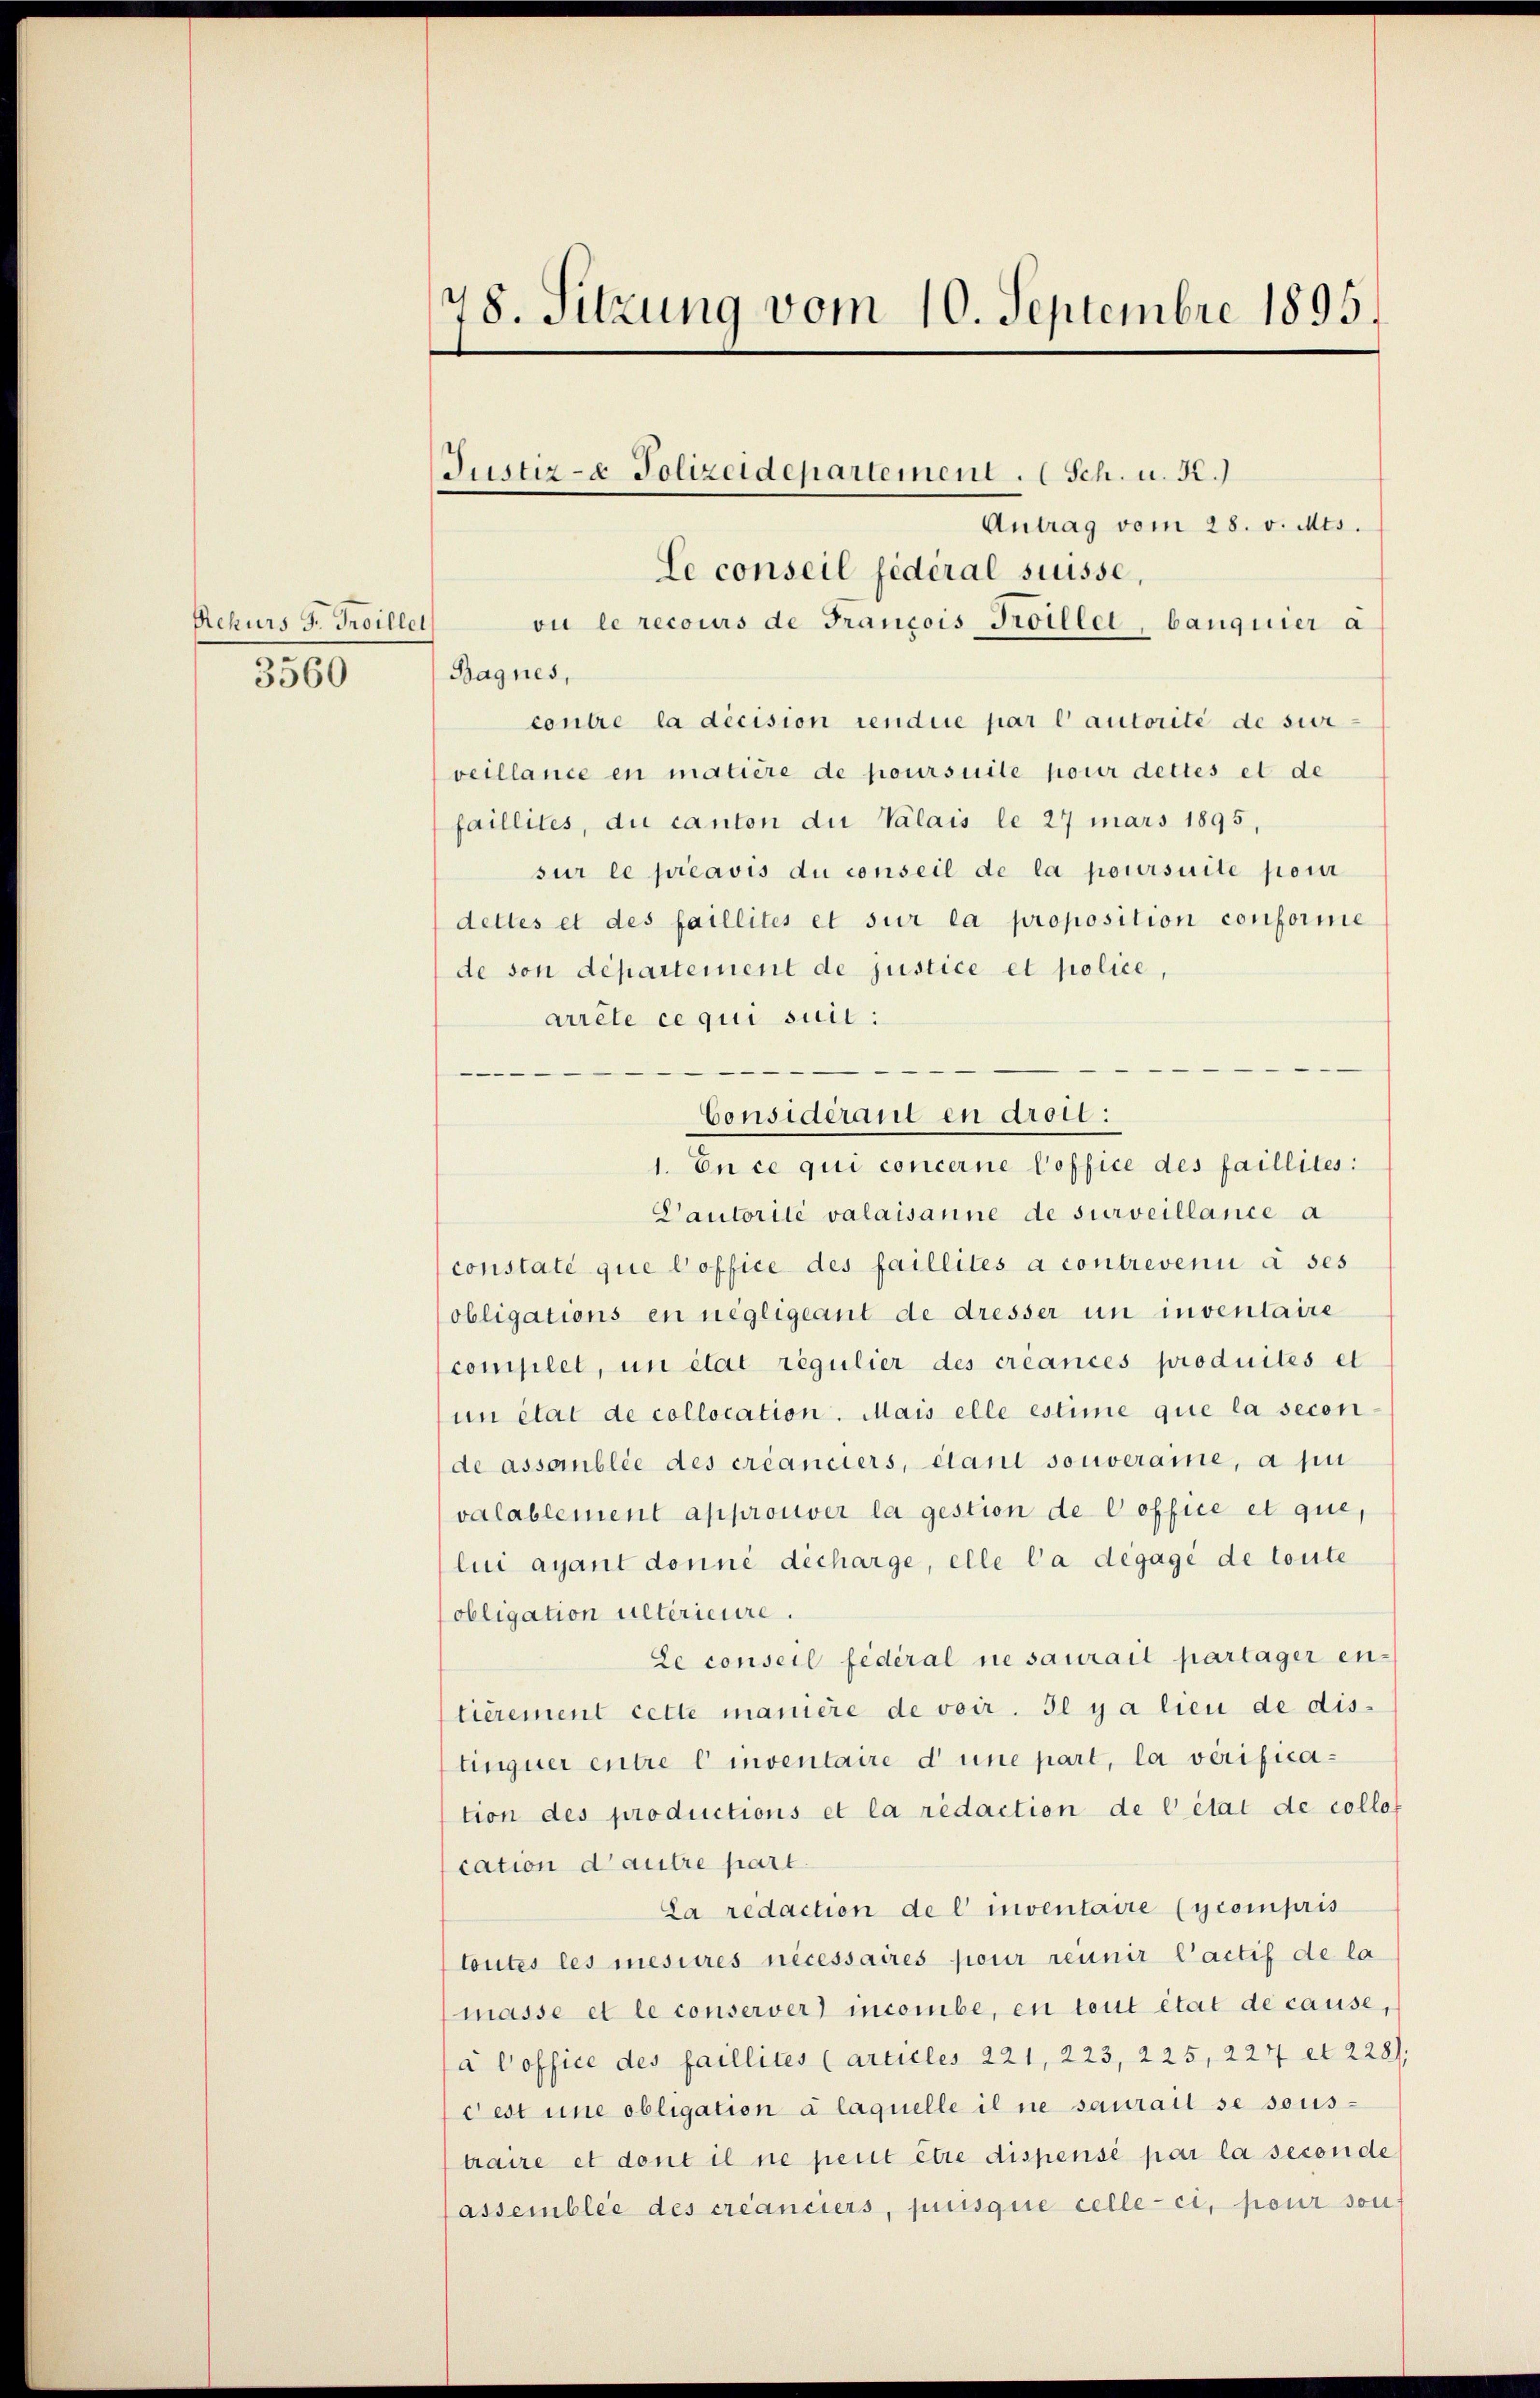
Achurs J. Troillet
3560

78. Sitzung vom 10. Septembre 1895.

Justiz- & Polizeidepartement. Sch. u. 52.)

Antrag vom 28. v. Mts.
Le conseil jederal süsse,
ou le recours de Francois Troillet, banguier a
Bagnes,
contre la décision rendue par l’autorité de sur
veillance en matière de poursuite pour dettes et de
faillites, du canton du Valais le 27 mars 1895,
sur le préavis du conseil de la poursuite pour
dettes et des faillités et sur la proposition conforme
de son département de justice et police,
arrête ce qui suit:
—
Considerant en droit:
1. En ce qui concerne Poffice des faillites:
Dautorité valaisanne de surveillance a
constaté que Poffice des faillités a contrevenu à ses
obligations en negligeant de dresser um inventaire
complet, un état regulier des créances produités et
un état de collocation. Mais elle estime que la secon
de assoblie des créanciers, étani souveraine, a pu
valablement approuver la gestion de Coffice et que,
lui ayant donné décharge, elle la dégagé de toute
obligation ultérieure.
Le conseil fédéral ne saurait partager en-
tièrement cette manière de voir. Il y a lieu de dis-
tinquer entre l inventaire d’une part, la verification des productions et la redaction de l’état de collo-
cation d’autre part.
La redaction de l’ inventaire (ycompris
toutes les mesures nécessaires pour réunir l’actif de la
masse et le conserver) incombe, en tout état de cause,
à Coffice des faillites (articles 221, 223, 225, 227 et 228
Fest une obligation à laquelle il ne saurait se sous-
traire et dont il ne peut être dispensé par la seconde
fassemblée des créanciers, puisque celle-ci, pour son